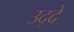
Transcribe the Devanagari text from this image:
उद्दे